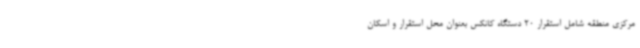
مرکزی منطقه شامل استقرار 20 دستگاه کانکس بعنوان محل استقرار و اسکان